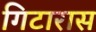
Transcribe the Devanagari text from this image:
गिटारास